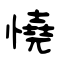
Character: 憢